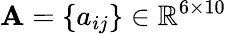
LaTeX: \mathbf{A}=\{ a_{ij}\} \in\mathbb{R}^{6\times 10}